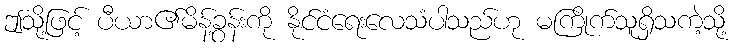
ဤသို့ဖြင့် ပီယာ၏မိန့်ခွန်းကို နိုင်ငံရေးလေသံပါသည်ဟု မကြိုက်သူရှိသကဲ့သို့